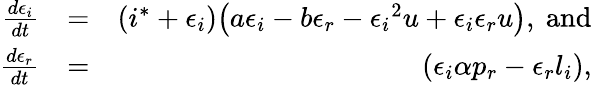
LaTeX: \begin{array}{rlr}{\frac{d\epsilon_{i}}{dt}}&{=}&{(i^{*}+\epsilon_{i})\big(a\epsilon_{i}-b\epsilon_{r}-{\epsilon_{i}}^{2}u+\epsilon_{i}\epsilon_{r}u\big),\mathrm{~and}}\\ {\frac{d\epsilon_{r}}{dt}}&{=}&{\left(\epsilon_{i}\alpha p_{r}-\epsilon_{r}l_{i}\right),}\end{array}